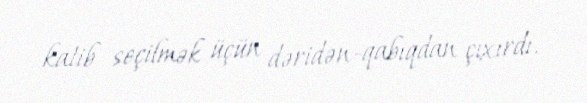
katib seçilmək üçün dəridən-qabıqdan çıxırdı.